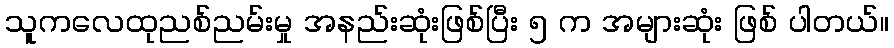
သူကလေထုညစ်ညမ်းမှု အနည်းဆုံးဖြစ်ပြီး ၅ က အများဆုံး ဖြစ် ပါတယ်။